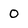
Character: 0